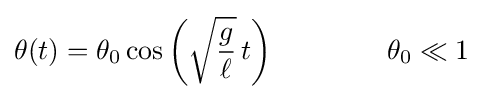
\theta (t)=\theta _{0}\cos \left({\sqrt {\frac {g}{\ell }}}\,t\right)\quad \quad \quad \quad \theta _{0}\ll 1